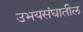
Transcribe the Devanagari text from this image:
उभयसंघातील